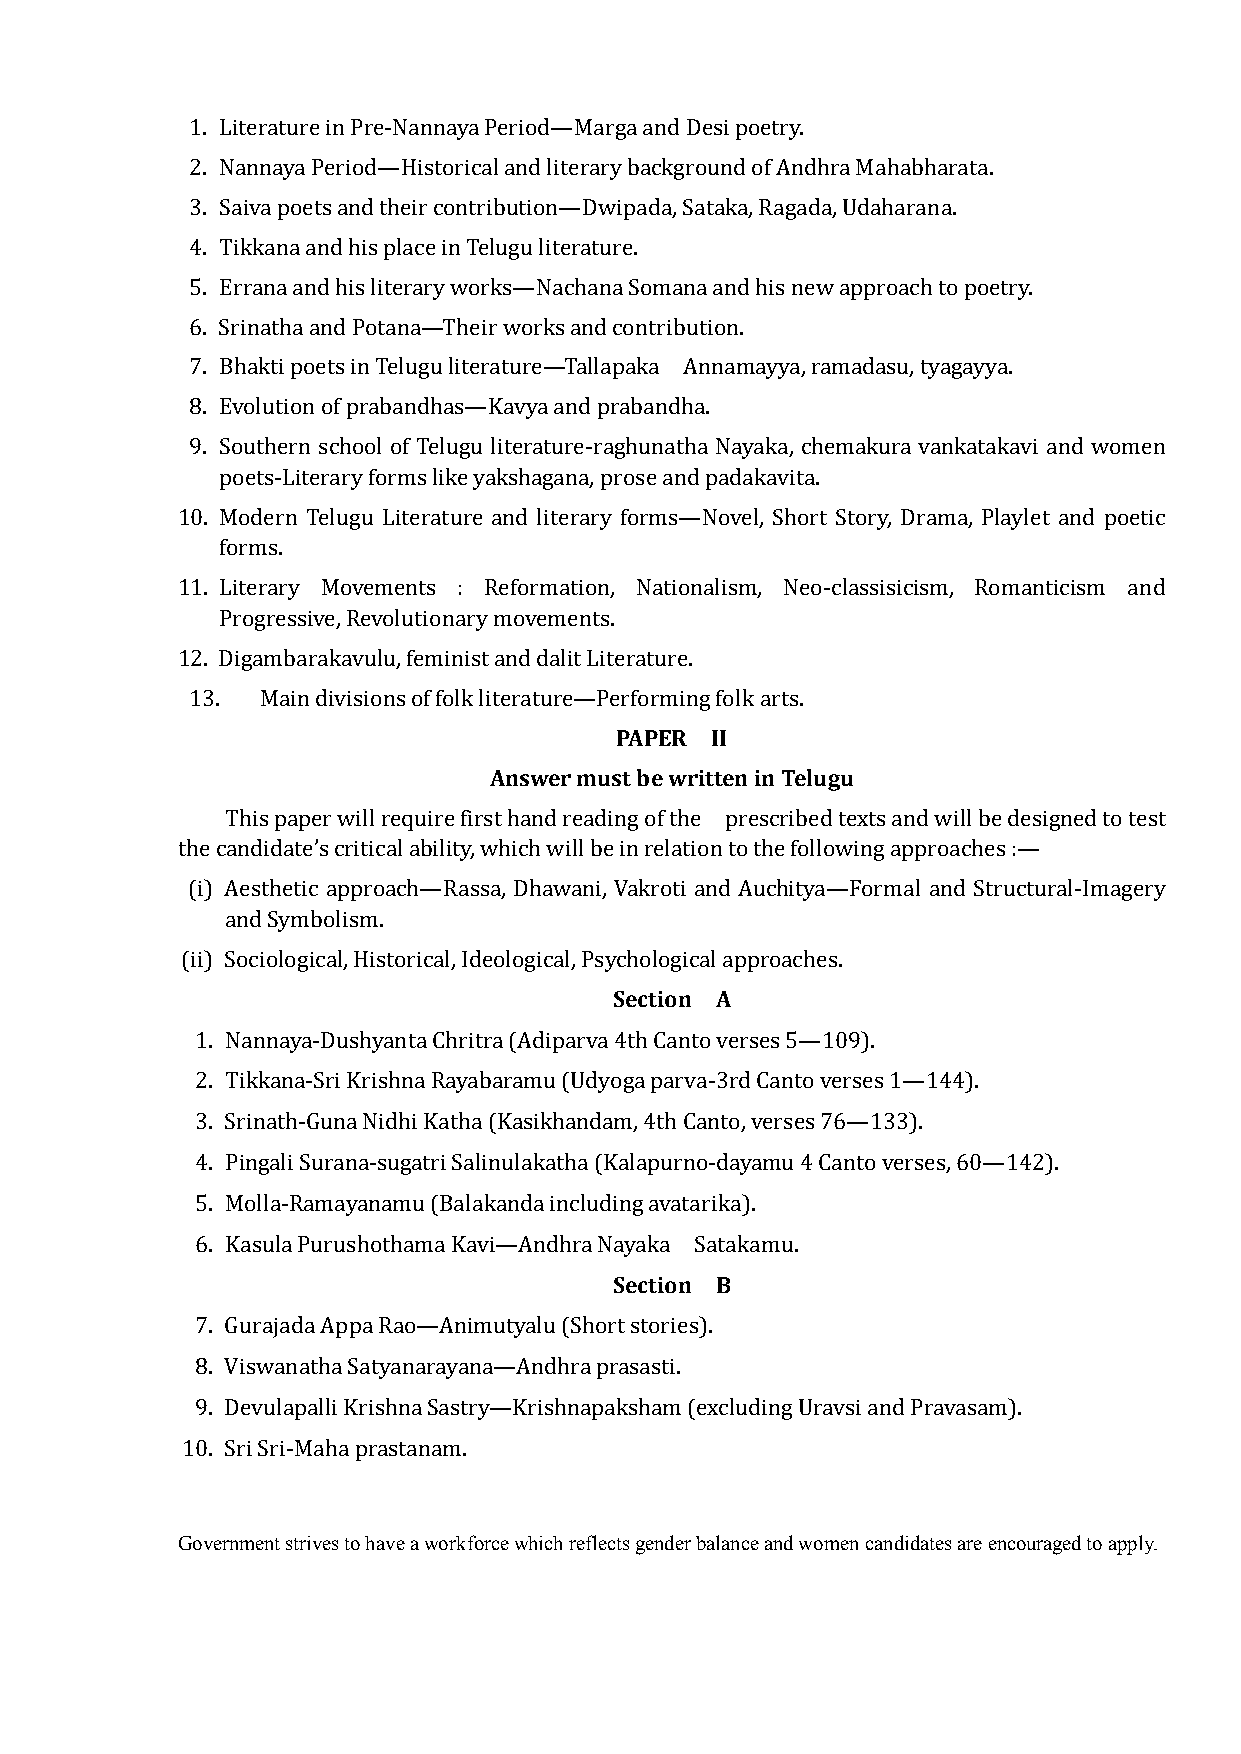
1. Literature in Pre-Nannaya Period—Marga and Desi poetry.
 2. Nannaya Period—Historical and literary background of Andhra Mahabharata.
 3. Saiva poets and their contribution—Dwipada, Sataka, Ragada, Udaharana.
 4. Tikkana and his place in Telugu literature.
 5. Errana and his literary works—Nachana Somana and his new approach to poetry.
 6. Srinatha and Potana—Their works and contribution.
 7. Bhakti poets in Telugu literature—Tallapaka Annamayya, ramadasu, tyagayya.
 8. Evolution of prabandhas—Kavya and prabandha.
 9. Southern school of Telugu literature-raghunatha Nayaka, chemakura vankatakavi and women
 poets-Literary forms like yakshagana, prose and padakavita.
 10. Modern Telugu Literature and literary forms—Novel, Short Story, Drama, Playlet and poetic
 forms.
 11. Literary Movements : Reformation, Nationalism, Neo-classisicism, Romanticism and
 Progressive, Revolutionary movements.
 12. Digambarakavulu, feminist and dalit Literature.
 PAPER II
 13. Main divisions of folk literature—Performing folk arts.
 Answer must be written in Telugu
 This paper will require first hand reading of the prescribed texts and will be designed to test
 the candidate’s critical ability, which will be in relation to the following approaches :—
 (i) Aesthetic approach—Rassa, Dhawani, Vakroti and Auchitya—Formal and Structural-Imagery
 and Symbolism.
 Section A
 (ii) Sociological, Historical, Ideological, Psychological approaches.
 1. Nannaya-Dushyanta Chritra (Adiparva 4th Canto verses 5—109).
 2. Tikkana-Sri Krishna Rayabaramu (Udyoga parva-3rd Canto verses 1—144).
 3. Srinath-Guna Nidhi Katha (Kasikhandam, 4th Canto, verses 76—133).
 4. Pingali Surana-sugatri Salinulakatha (Kalapurno-dayamu 4 Canto verses, 60—142).
 5. Molla-Ramayanamu (Balakanda including avatarika).
 Section B
 6. Kasula Purushothama Kavi—Andhra Nayaka Satakamu.
 7. Gurajada Appa Rao—Animutyalu (Short stories).
 8. Viswanatha Satyanarayana—Andhra prasasti.
 9. Devulapalli Krishna Sastry—Krishnapaksham (excluding Uravsi and Pravasam).
 10. Sri Sri-Maha prastanam.
 Government strives to have a workforce which reflects gender balance and women candidates are encouraged to apply.